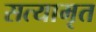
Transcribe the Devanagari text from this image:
सत्यामृत